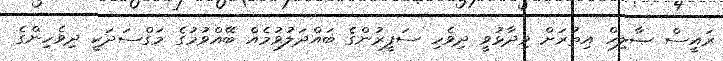
ރައީސް ޞާލިހް އިތުރަށް ވިދާޅުވީ ދިވެހި ސަފީރުންގެ ބައްދަލުވުމެއް ބޭއްވުމުގެ މަގްސަދަކީ ދިވެހިންގެ